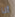
أنا